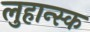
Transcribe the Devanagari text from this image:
लुहान्स्क